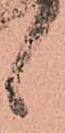
候